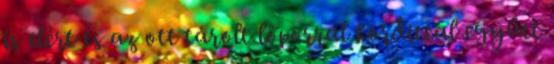
is elért és az ott tárolt lőporral kordittal együtt